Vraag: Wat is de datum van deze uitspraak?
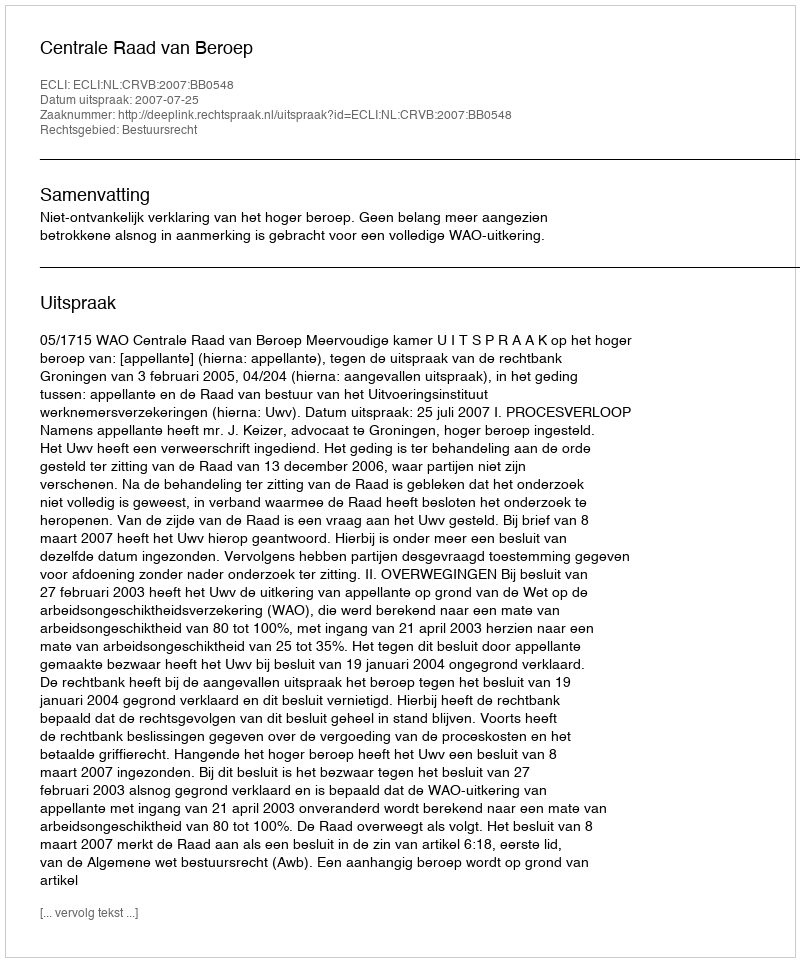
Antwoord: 2007-07-25